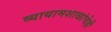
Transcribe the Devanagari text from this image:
व्यायामशाळांचेही